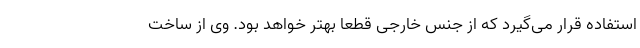
استفاده قرار می‌گیرد که از جنس خارجی قطعا بهتر خواهد بود. وی از ساخت